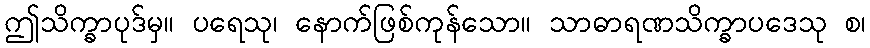
ဤသိက္ခာပုဒ်မှ။ ပရေသု၊ နောက်ဖြစ်ကုန်သော။ သာဓာရဏသိက္ခာပဒေသု စ၊